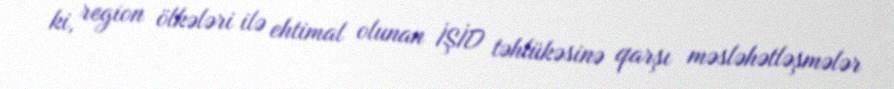
ki, region ölkələri ilə ehtimal olunan İŞİD təhlükəsinə qarşı məsləhətləşmələr